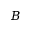
B